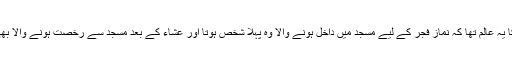
اس کے ظاہری تقویٰ کا یہ عالم تھا کہ نمازِ فجر کے لیے مسجد میں داخل ہونے والا وہ پہلا شخص ہوتا اور عشاء کے بعد مسجد سے رخصت ہونے والا بھی وہ آخری شخص ہوتا۔